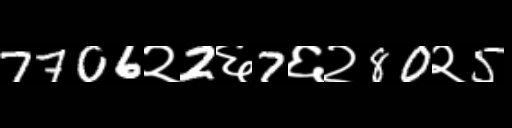
Text: 7706२2६7६२80२5